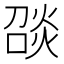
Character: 𪹑